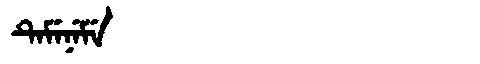
Manchu: ᡨᡝᠮᡝᠨᡝᠮᡝ
Romanization: TEMENEME